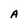
Character: A